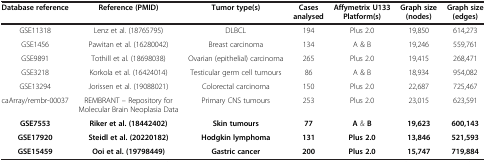
<table><thead><tr><td><b>Database reference</b></td><td><b>Reference (PMID)</b></td><td><b>Tumor type(s)</b></td><td><b>Cases analysed</b></td><td><b>Affymetrix U133 Platform(s)</b></td><td><b>Graph size (nodes)</b></td><td><b>Graph size (edges)</b></td></tr></thead><tbody><tr><td>GSE11318</td><td>Lenz et al. (18765795)</td><td>DLBCL</td><td>194</td><td>Plus 2.0</td><td>19,850</td><td>614,273</td></tr><tr><td>GSE1456</td><td>Pawitan et al. (16280042)</td><td>Breast carcinoma</td><td>134</td><td>A &amp; B</td><td>19,246</td><td>559,761</td></tr><tr><td>GSE9891</td><td>Tothill et al. (18698038)</td><td>Ovarian (epithelial) carcinoma</td><td>265</td><td>Plus 2.0</td><td>19,415</td><td>268,471</td></tr><tr><td>GSE3218</td><td>Korkola et al. (16424014)</td><td>Testicular germ cell tumours</td><td>86</td><td>A &amp; B</td><td>18,934</td><td>954,082</td></tr><tr><td>GSE13294</td><td>Jorissen et al. (19088021)</td><td>Colorectal carcinoma</td><td>150</td><td>Plus 2.0</td><td>22,687</td><td>725,467</td></tr><tr><td>caArray/rembr-00037</td><td>REMBRANT – Repository for Molecular Brain Neoplasia Data</td><td>Primary CNS tumours</td><td>253</td><td>Plus 2.0</td><td>23,015</td><td>623,591</td></tr><tr><td><b>GSE7553</b></td><td><b>Riker et al. (18442402)</b></td><td><b>Skin tumours</b></td><td><b>77</b></td><td><b>A</b> &amp;<b>B</b></td><td><b>19,623</b></td><td><b>600,143</b></td></tr><tr><td><b>GSE17920</b></td><td><b>Steidl et al. (20220182)</b></td><td><b>Hodgkin lymphoma</b></td><td><b>131</b></td><td><b>Plus 2.0</b></td><td><b>13,846</b></td><td><b>521,593</b></td></tr><tr><td><b>GSE15459</b></td><td><b>Ooi et al. (19798449)</b></td><td><b>Gastric cancer</b></td><td><b>200</b></td><td><b>Plus 2.0</b></td><td><b>15,747</b></td><td><b>719,884</b></td></tr></tbody></table>